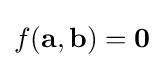
f({\textbf {a}},{\textbf {b}})=\mathbf {0}